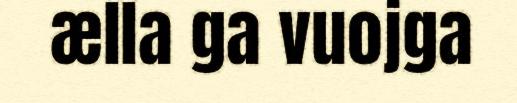
ælla ga vuojga